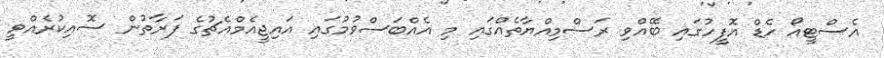
އެސްޓީއޯ ހެޑް އޮފީހުގައި ބޭއްވި ރަސްމިއްޔާތެއްގައި މި އެއްބަސްވުމުގައި އައިޖީއެމްއެޗުގެ ފަރާތުން ސޮއިކުރެއްވީ